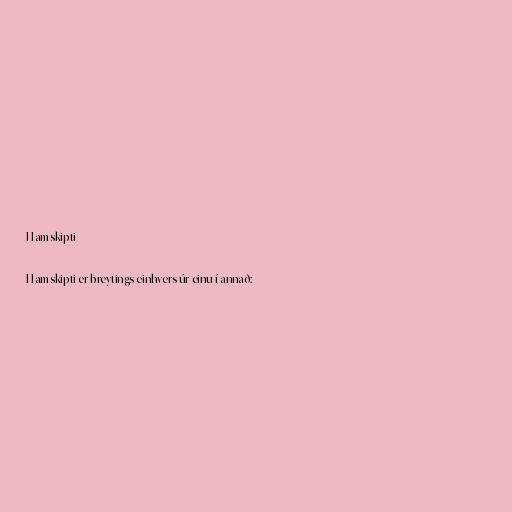
Hamskipti

Hamskipti er breytings einhvers úr einu í annað: